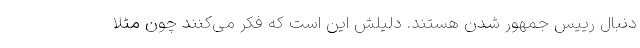
دنبال رییس جمهور شدن هستند. دلیلش این است که فکر می‌کنند چون مثلا